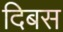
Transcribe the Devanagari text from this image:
दिबस